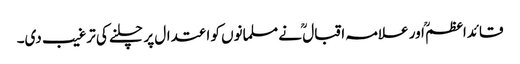
قائداعظمؒ اور علامہ اقبال ؒ نے مسلمانوں کو اعتدال پر چلنے کی ترغیب دی۔